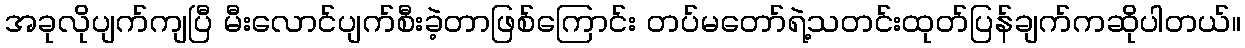
အခုလိုပျက်ကျပြီ မီးလောင်ပျက်စီးခဲ့တာဖြစ်ကြောင်း တပ်မတော်ရဲ့သတင်းထုတ်ပြန်ချက်ကဆိုပါတယ်။